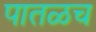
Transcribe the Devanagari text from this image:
पातळच